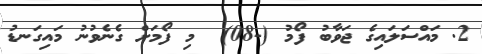
2. މައްސަލައިގެ ޖަވާބު ފޯމު (-08)  މި ފޯމަށް ގެނެވުނު މައިގަނޑު